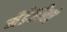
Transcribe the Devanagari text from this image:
मेंडेलीवचे